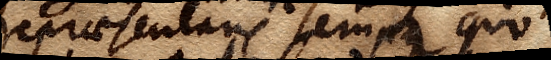
repraesentans tempus quo